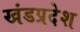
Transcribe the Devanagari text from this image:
खंडप्रदेश